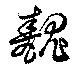
醜